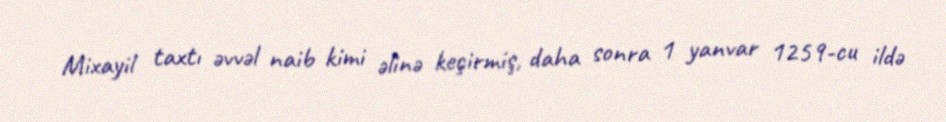
Mixayil taxtı əvvəl naib kimi əlinə keçirmiş, daha sonra 1 yanvar 1259-cu ildə